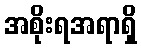
အစိုးရအရာရှိ